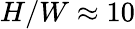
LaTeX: H/W\approx 10